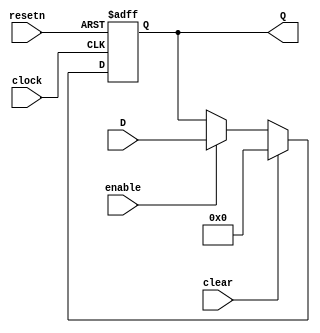
// (C) 1992-2015 Altera Corporation. All rights reserved.                         
// Your use of Altera Corporation's design tools, logic functions and other       
// software and tools, and its AMPP partner logic functions, and any output       
// files any of the foregoing (including device programming or simulation         
// files), and any associated documentation or information are expressly subject  
// to the terms and conditions of the Altera Program License Subscription         
// Agreement, Altera MegaCore Function License Agreement, or other applicable     
// license agreement, including, without limitation, that your use is for the     
// sole purpose of programming logic devices manufactured by Altera and sold by   
// Altera or its authorized distributors.  Please refer to the applicable         
// agreement for further details.                                                 
    


module acl_shift_register(
clock, resetn, clear, enable, Q, D
);
parameter WIDTH=32;
parameter STAGES=1;

input clock,resetn,clear,enable;
input [WIDTH-1:0] D;
output [WIDTH-1:0] Q;
wire clock,resetn,clear,enable;
wire [WIDTH-1:0] D;
reg [WIDTH-1:0] stages[STAGES-1:0];

generate

if (STAGES == 0) begin

assign Q = D;

end
else begin
genvar istage;

for (istage=0;istage<STAGES;istage=istage+1) begin : stages_loop

always@(posedge clock or negedge resetn) begin
  if (!resetn) begin
    stages[istage] <= {(WIDTH){1'b0}};
  end
  else if (clear) begin
    stages[istage] <= {(WIDTH){1'b0}};
  end
  else if (enable) begin
    if (istage == 0) begin
      stages[istage] <= D;
    end
    else begin
      stages[istage] <= stages[istage-1];
    end
  end
end

end

assign Q = stages[STAGES-1];
end

endgenerate

endmodule


// vim:set filetype=verilog: